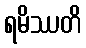
ရမိဿတိ